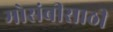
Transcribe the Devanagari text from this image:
मोसंबीसाठी